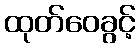
ထုတ်ဝေခွင့်